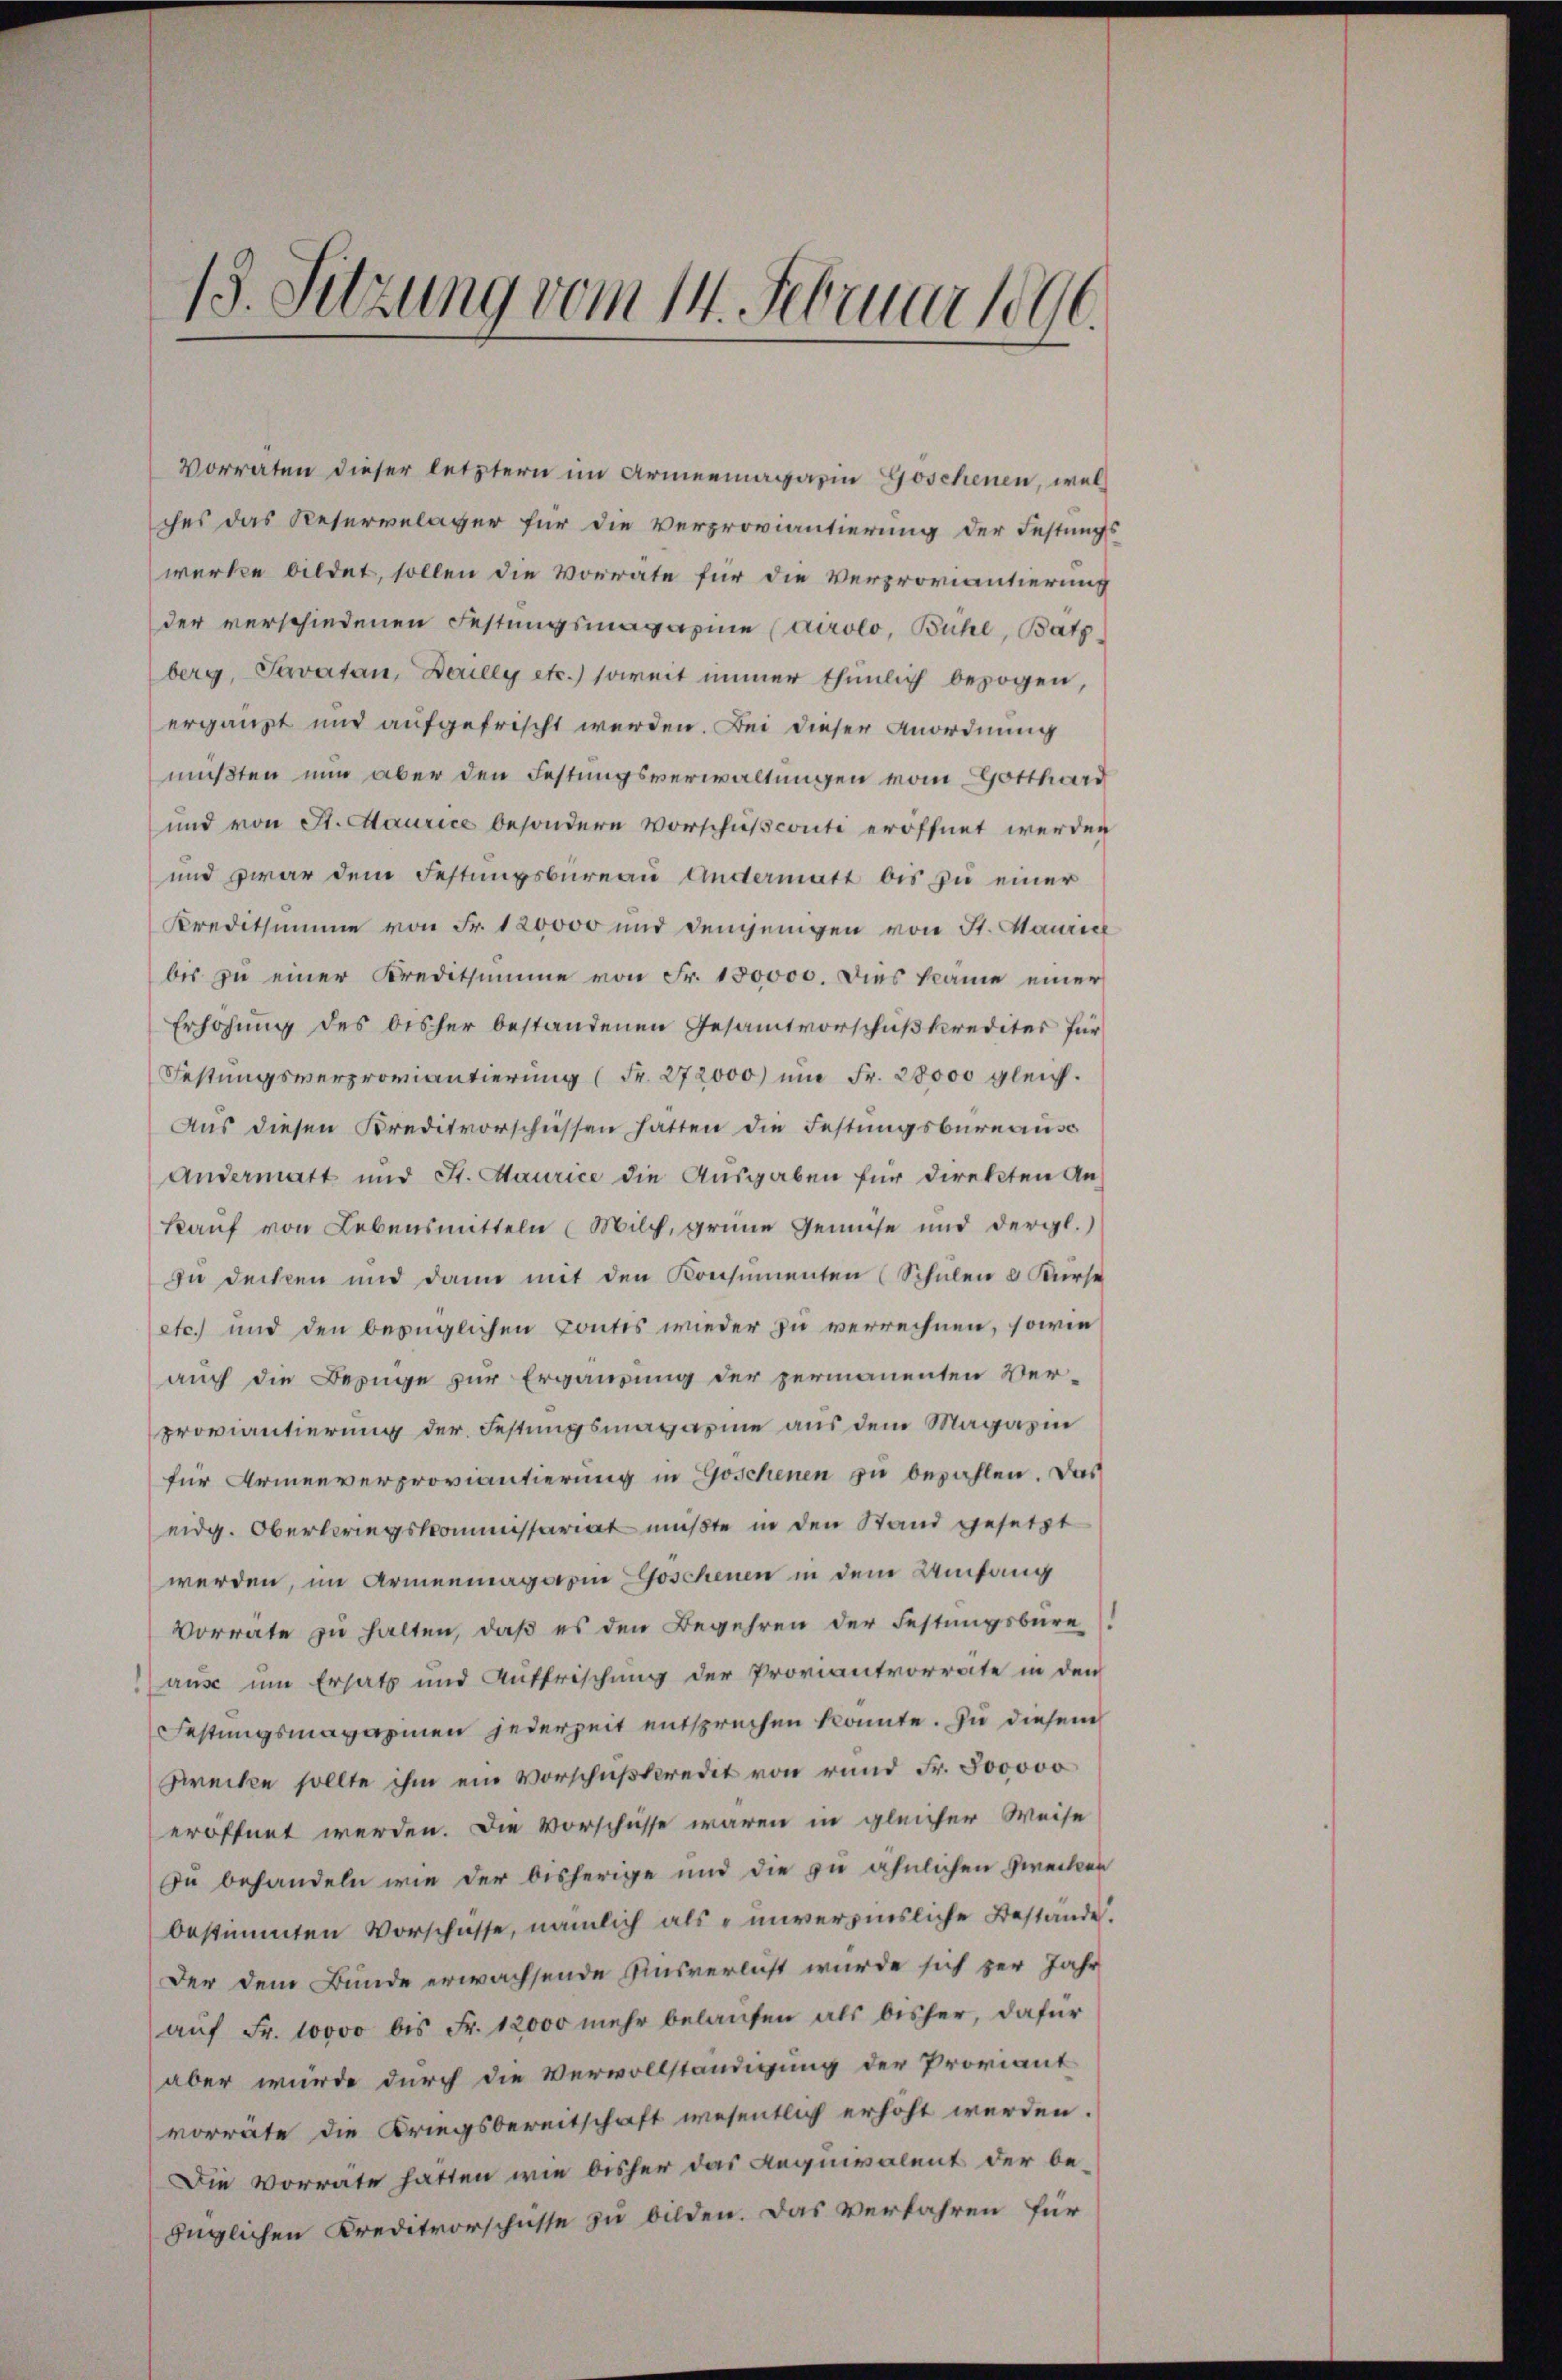
13. Sitzung vom 14. Februar 1896.

Vorraten dieser letztern im Armeemagazin Goschenen, welches das Reservelager für die Verproviantierung der Festungs-
werke bildet, sollen die Vorrate für die Verproviantierung
der verschiedenen Festungsmagazine Cairolo, Bühl, Batz
berg, Savatan, Deully etc.) soweit immer thunlich bezogen,
ergänzt und aufgefrischt werden. Bei dieser Anordnung
mußten nun aber den Festungsverwaltungen vom Gotthard
und von St. Maurice besondere Vorschusconti eröffnet werden
und zwar dem Festungsbureau Anstermatt bis zu einer
Kreditsumme von Fr. 120000 und demjenigen von St. Maurich
bis zu einer Kreditsumme von Fr. 150000. Dies käme einer
Erhöhung des bisher bestandenen Gesamtvorschußkredites für
Festungsverproviantierung (Fr. 272000) um Fr. 28000 gleich.
Aus diesen Kreditvorschüssen hatten die Festungsbureaus
Andermatt und St. Maurice die Ausgaben für direkten An-
Kauf von Lebensmitteln (Milch, grüne Gemüse und dergl.)
zu decken und dann mit den Konsumenten (Schulen & Kürse
etc.) und den bezüglichen Contes wieder zu verrechnen, sowie
auch die Bezuge zur Ergänzung der permanenten Ver-
proviantierung der Festungsmagazine aus dem Magazin
für Armenverproviantierung in Göschenen zu bezahlen. Das
eidg. Obertriegskommissariat mußte in den Stand gesetzt
werden, im Armenmagarin Goschenen in dem Umfang
Vorrate zu halten, daß es den Begehren der Festungsbure
aus um Ersatz und Auffrischung der Proviantvorräte in den
Festungsmagazinen jederzeit entsprechen könnte. Zu diesem
Zwecke sollte ihm ein Vorschußkredit von rund Fr. 800000
eröffnet werden. Die Vorschüsse waren in gleicher Weise
Du behandeln wie der bisherige und die zu ähnlichen Zwecker
bestimmten Vorschüsse, nämlich als unverzinsliche Bestande.
Der dem Bunde erwachsende Ausverlicht wurde sich zur Jahr
aŭf Fr. 10000 bis Fr. 12000 mehr belaŭfen als bisher, dafür
aber wurde durch die Vervollständigung der Proviant
vorrate die Kriegsbereitschaft wesentlich erhöht werden.
Die Vorrate hatten wie bisher das Aequivalent der be-
füglichen Kreditvorschüsse zu bilden. Das Verfahren für